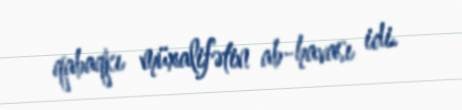
qabaqkı müxalifətin ab-havası idi.